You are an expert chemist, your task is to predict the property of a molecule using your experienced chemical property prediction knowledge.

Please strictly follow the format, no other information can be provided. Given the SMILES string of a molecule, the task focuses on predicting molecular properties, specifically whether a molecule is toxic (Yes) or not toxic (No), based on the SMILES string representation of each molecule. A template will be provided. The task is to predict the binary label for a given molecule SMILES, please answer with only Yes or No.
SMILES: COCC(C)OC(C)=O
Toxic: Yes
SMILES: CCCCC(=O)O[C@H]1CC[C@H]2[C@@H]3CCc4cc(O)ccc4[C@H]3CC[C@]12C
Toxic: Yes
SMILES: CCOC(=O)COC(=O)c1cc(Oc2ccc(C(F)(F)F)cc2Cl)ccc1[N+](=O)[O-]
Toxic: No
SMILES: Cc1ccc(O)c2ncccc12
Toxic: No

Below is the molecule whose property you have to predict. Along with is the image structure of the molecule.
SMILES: C/C=C/C=C/C(=O)[O-]
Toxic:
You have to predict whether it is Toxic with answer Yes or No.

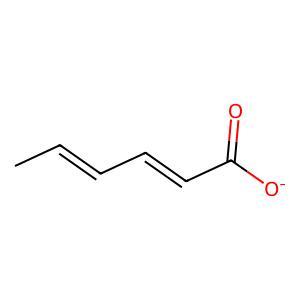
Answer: No